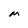
Character: M